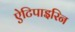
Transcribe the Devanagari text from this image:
ऐटिपाइरिन